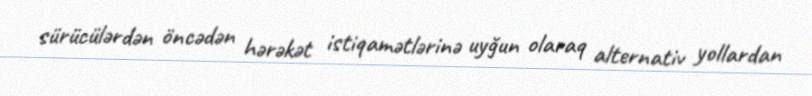
sürücülərdən öncədən hərəkət istiqamətlərinə uyğun olaraq alternativ yollardan